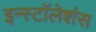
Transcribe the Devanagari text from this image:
इन्स्टॉलेशंस